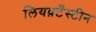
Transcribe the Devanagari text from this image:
लियक़्टँस्टीन